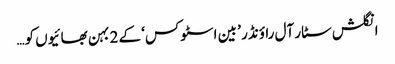
انگلش سٹار آل راؤنڈر ’ بین اسٹوکس‘ کے 2 بہن بھائیوں کو…